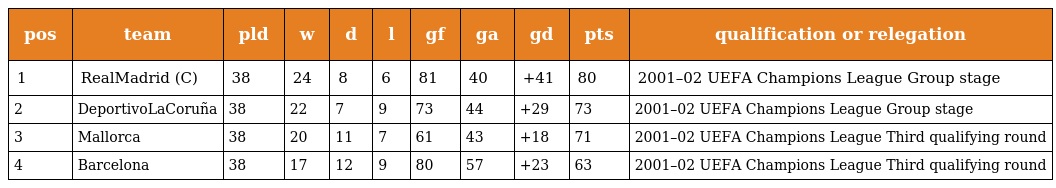
| pos | team | pld | w | d | l | gf | ga | gd | pts | qualification or relegation |
 | --- | --- | --- | --- | --- | --- | --- | --- | --- | --- | --- |
 | 1 | RealMadrid (C) | 38 | 24 | 8 | 6 | 81 | 40 | +41 | 80 | 2001–02 UEFA Champions League Group stage |
 | 2 | DeportivoLaCoruña | 38 | 22 | 7 | 9 | 73 | 44 | +29 | 73 | 2001–02 UEFA Champions League Group stage |
 | 3 | Mallorca | 38 | 20 | 11 | 7 | 61 | 43 | +18 | 71 | 2001–02 UEFA Champions League Third qualifying round |
 | 4 | Barcelona | 38 | 17 | 12 | 9 | 80 | 57 | +23 | 63 | 2001–02 UEFA Champions League Third qualifying round |